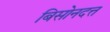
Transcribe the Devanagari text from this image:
बिसोनदत्त